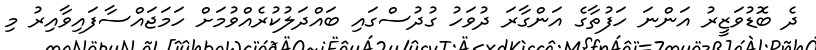
ދެ ބޮޑުވަޒީރު އަންނަ ހަފުތާގެ އަންގާރަ ދުވަހު ގުދުސްގައި ބައްދަލުކުރެއްވުމަށް ހަމަޖައްސާފައިވާއިރު މި